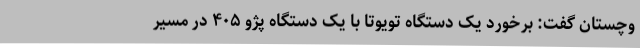
وچستان گفت: برخورد یک دستگاه تویوتا با یک دستگاه پژو ۴۰۵ در مسیر